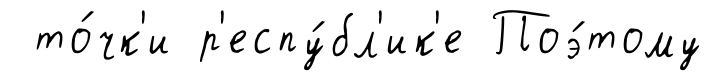
то́чк'и р'еспу́бл'ик'е Поэ́тому